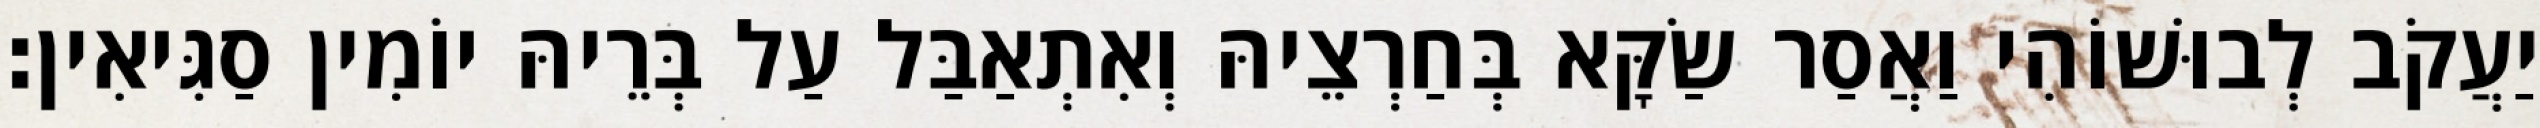
יַעֲקֹב לְבוּשׁוֹהִי וַאֲסַר שַׂקָּא בְּחַרְצֵיהּ וְאִתְאַבַּל עַל בְּרֵיהּ יוֹמִין סַגִּיאִין׃